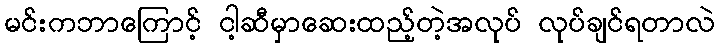
မင်းကဘာကြောင့် ငါ့ဆီမှာဆေးထည့်တဲ့အလုပ် လုပ်ချင်ရတာလဲ